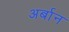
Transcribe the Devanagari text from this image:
अर्बान